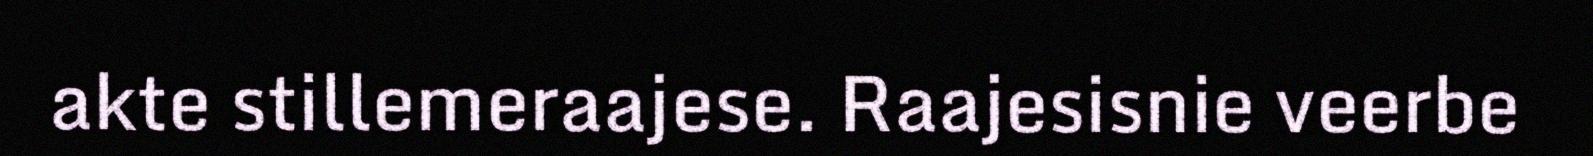
akte stillemeraajese. Raajesisnie veerbe